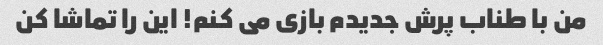
من با طناب پرش جدیدم بازی می کنم! این را تماشا کن